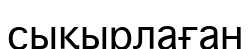
сықырлаған